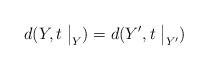
LaTeX: \begin{align*}d(Y, t\bigm|_Y)=d(Y', t\bigm|_{Y'})\end{align*}